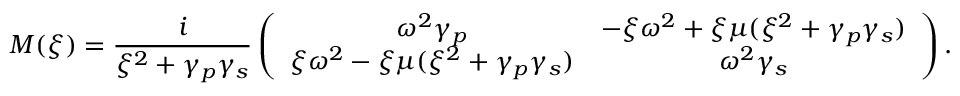
M ( \xi ) = \frac { i } { \xi ^ { 2 } + \gamma _ { p } \gamma _ { s } } \left( \begin{array} { c c } { \omega ^ { 2 } \gamma _ { p } } & { - \xi \omega ^ { 2 } + \xi \mu ( \xi ^ { 2 } + \gamma _ { p } \gamma _ { s } ) } \\ { \xi \omega ^ { 2 } - \xi \mu ( \xi ^ { 2 } + \gamma _ { p } \gamma _ { s } ) } & { \omega ^ { 2 } \gamma _ { s } } \end{array} \right) .